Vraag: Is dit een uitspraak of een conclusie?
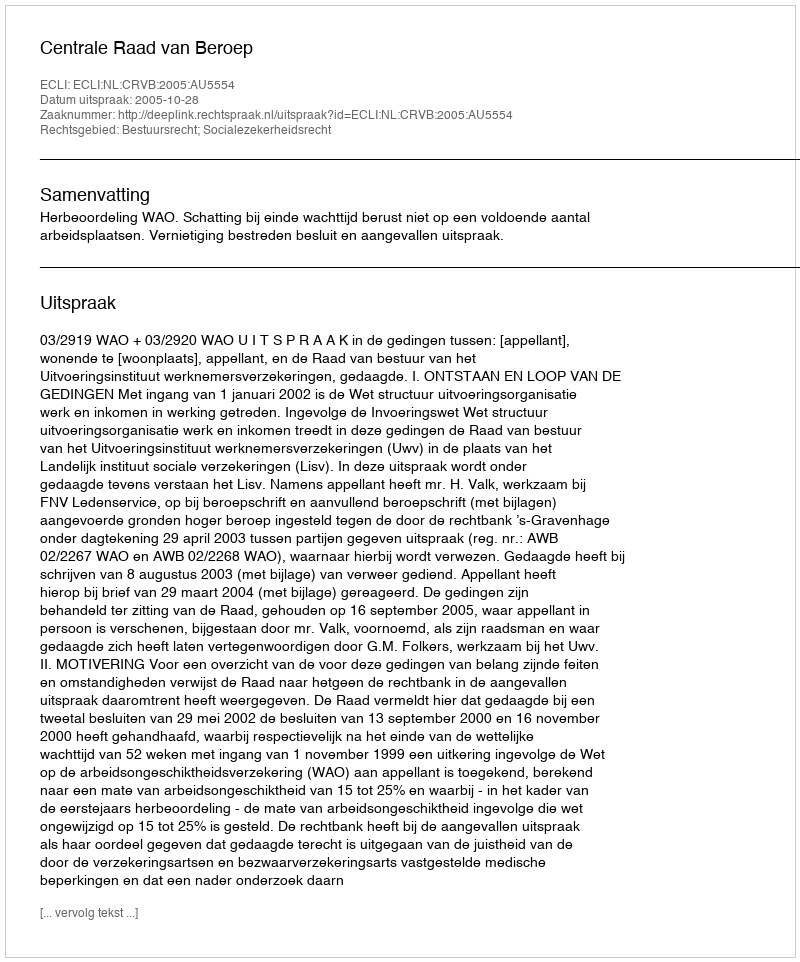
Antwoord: Uitspraak